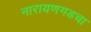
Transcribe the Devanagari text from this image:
नारायणगडचा